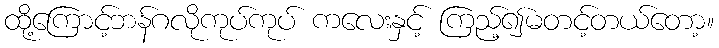
ထို့ကြောင့်ဘန်ဂလိုကုပ်ကုပ် ကလေးနှင့် ကြည့်၍မတင့်တယ်တော့။